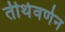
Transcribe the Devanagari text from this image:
तीर्थवर्णन